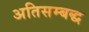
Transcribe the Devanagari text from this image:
अतिसम्बद्ध